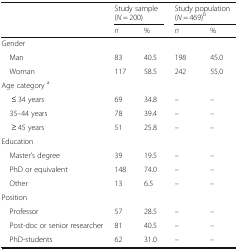
<table><thead><tr><td></td><td colspan="2"><b>Study sample (<i>N</i> = 200)</b></td><td colspan="2"><b>Study population (<i>N</i> = 469)<sup>b</sup></b></td></tr><tr><td></td><td><b><i>n</i></b></td><td><b>%</b></td><td><b><i>n</i></b></td><td><b>%</b></td></tr></thead><tbody><tr><td colspan="3">Gender</td><td></td><td></td></tr><tr><td> Man</td><td>83</td><td>40.5</td><td>198</td><td>45.0</td></tr><tr><td> Woman</td><td>117</td><td>58.5</td><td>242</td><td>55.0</td></tr><tr><td colspan="5">Age category <sup>a</sup></td></tr><tr><td>≤ 34 years</td><td>69</td><td>34.8</td><td>–</td><td>–</td></tr><tr><td> 35–44 years</td><td>78</td><td>39.4</td><td>–</td><td>–</td></tr><tr><td>≥ 45 years</td><td>51</td><td>25.8</td><td>–</td><td>–</td></tr><tr><td colspan="3">Education</td><td></td><td></td></tr><tr><td> Master’s degree</td><td>39</td><td>19.5</td><td>–</td><td>–</td></tr><tr><td> PhD or equivalent</td><td>148</td><td>74.0</td><td>–</td><td>–</td></tr><tr><td> Other</td><td>13</td><td>6.5</td><td>–</td><td>–</td></tr><tr><td colspan="5">Position</td></tr><tr><td> Professor</td><td>57</td><td>28.5</td><td>–</td><td>–</td></tr><tr><td> Post-doc or senior researcher</td><td>81</td><td>40.5</td><td>–</td><td>–</td></tr><tr><td> PhD-students</td><td>62</td><td>31.0</td><td>–</td><td>–</td></tr></tbody></table>